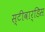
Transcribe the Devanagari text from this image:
स्‍टीवार्डिस